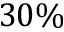
3 0 \%